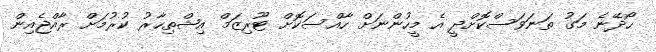
ހޯދޭނެ މަގު ތަނަަވަސްކޮށްދީ އެ މީހުންނަށް ހާއްސަކޮށް ޓޫރިޒަމް އިޝްތިހާރު ކުރުމަށް ރާއްޖެއިން